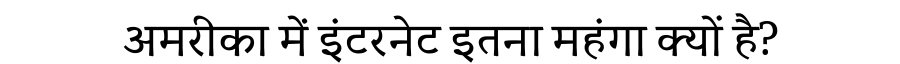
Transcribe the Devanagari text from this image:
अमरीका में इंटरनेट इतना महंगा क्यों है?